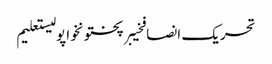
تحریک انصافخیبرپختونخواپولیستعلیم